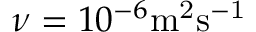
\nu = 1 0 ^ { - 6 } \mathrm { m ^ { 2 } s ^ { - 1 } }